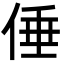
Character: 倕